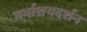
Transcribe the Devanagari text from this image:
गर्भाशयदर्शन